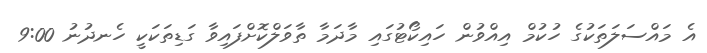
އެ މައްސަލަތަކުގެ ހުކުމް އިއްވުން ހައިކޯޓުގައި މާދަމާ ތާވަލްކޮށްފައިވާ ގަޑިތަކަކީ ހެނދުނު 9:00